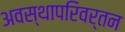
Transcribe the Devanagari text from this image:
अवस्थापरिवर्तन